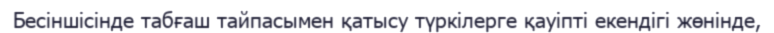
Бесіншісінде табғаш тайпасымен қатысу түркілерге қауіпті екендігі жөнінде,